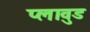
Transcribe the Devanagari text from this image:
प्लावुड